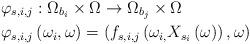
LaTeX: \begin{align*}&\varphi_{s,i,j}:\Omega_{b_{i}}\times\Omega\rightarrow\Omega_{b_{j}}\times\Omega\\&\varphi_{s,i,j}\left(\omega_{i},\omega\right)=\left(f_{s,i,j}\left(\omega_{i,}X_{s_{i}}\left(\omega\right)\right),\omega\right)\end{align*}